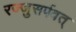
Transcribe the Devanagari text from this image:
रज्जुसर्पवत्